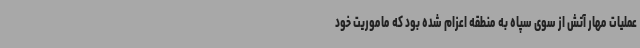
عملیات مهار آتش از سوی سپاه به منطقه اعزام شده بود که ماموریت خود